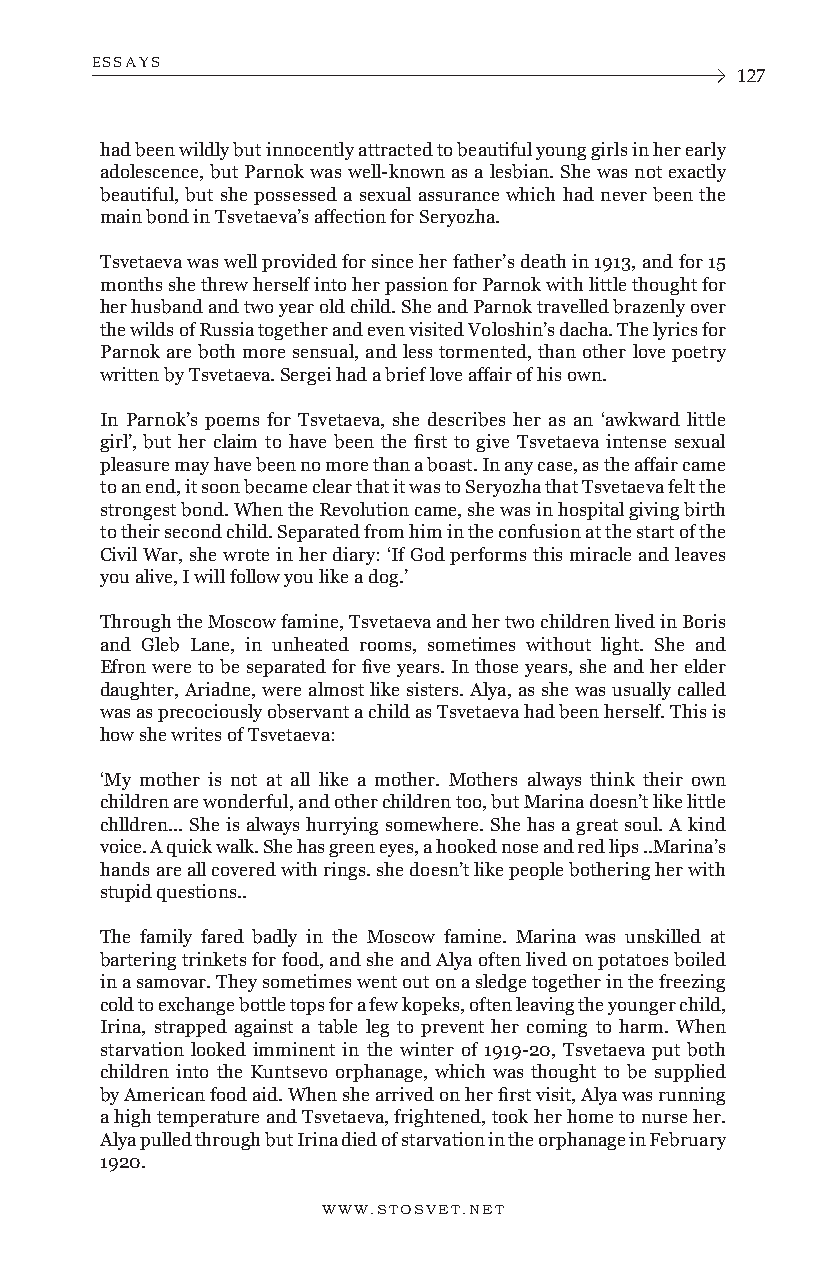
ESSAYS
 127
 had been wildly but innocently attracted to beautiful young girls in her early
 adolescence, but Parnok was well-known as a lesbian. She was not exactly
 beautiful, but she possessed a sexual assurance which had never been the
 main bond in Tsvetaeva’s affection for Seryozha.
 Tsvetaeva was well provided for since her father’s death in 1913, and for 15
 months she threw herself into her passion for Parnok with little thought for
 her husband and two year old child. She and Parnok travelled brazenly over
 the wilds of Russia together and even visited Voloshin’s dacha. The lyrics for
 Parnok are both more sensual, and less tormented, than other love poetry
 written by Tsvetaeva. Sergei had a brief love affair of his own.
 In Parnok’s poems for Tsvetaeva, she describes her as an ‘awkward little
 girl’, but her claim to have been the first to give Tsvetaeva intense sexual
 pleasure may have been no more than a boast. In any case, as the affair came
 to an end, it soon became clear that it was to Seryozha that Tsvetaeva felt the
 strongest bond. When the Revolution came, she was in hospital giving birth
 to their second child. Separated from him in the confusion at the start of the
 Civil War, she wrote in her diary: ‘If God performs this miracle and leaves
 you alive, I will follow you like a dog.’
 Through the Moscow famine, Tsvetaeva and her two children lived in Boris
 and Gleb Lane, in unheated rooms, sometimes without light. She and
 Efron were to be separated for five years. In those years, she and her elder
 daughter, Ariadne, were almost like sisters. Alya, as she was usually called
 was as precociously observant a child as Tsvetaeva had been herself. This is
 how she writes of Tsvetaeva:
 ‘My mother is not at all like a mother. Mothers always think their own
 children are wonderful, and other children too, but Marina doesn’t like little
 chlldren... She is always hurrying somewhere. She has a great soul. A kind
 voice. A quick walk. She has green eyes, a hooked nose and red lips ..Marina’s
 hands are all covered with rings. she doesn’t like people bothering her with
 stupid questions..
 The family fared badly in the Moscow famine. Marina was unskilled at
 bartering trinkets for food, and she and Alya often lived on potatoes boiled
 in a samovar. They sometimes went out on a sledge together in the freezing
 cold to exchange bottle tops for a few kopeks, often leaving the younger child,
 Irina, strapped against a table leg to prevent her coming to harm. When
 starvation looked imminent in the winter of 1919-20, Tsvetaeva put both
 children into the Kuntsevo orphanage, which was thought to be supplied
 by American food aid. When she arrived on her first visit, Alya was running
 a high temperature and Tsvetaeva, frightened, took her home to nurse her.
 Alya pulled through but Irina died of starvation in the orphanage in February
 1920.
 WWW.STOSVET.NET      WWW.STOSVET.NET